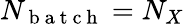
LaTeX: N_{\mathrm{~b~a~t~c~h~}}=N_{X}